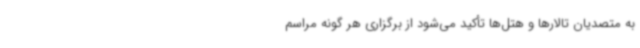
به متصدیان تالارها و هتل‌ها تأکید می‌شود از برگزاری هر گونه مراسم